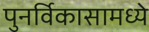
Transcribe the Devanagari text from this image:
पुनर्विकासामध्ये